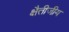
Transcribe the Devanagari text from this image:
क्षैतीजीय